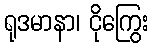
ရုဒမာနာ၊ ငိုကြွေး